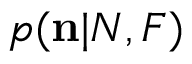
p ( { \bf n } | N , F )